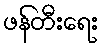
ဖန်တီးရေး